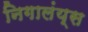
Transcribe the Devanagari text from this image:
निगालंय्‌स